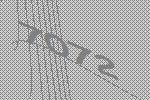
7072